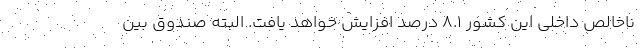
ناخالص داخلی این کشور ۸.۱ درصد افزایش خواهد یافت. البته صندوق بین